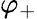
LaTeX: \varphi_{+}